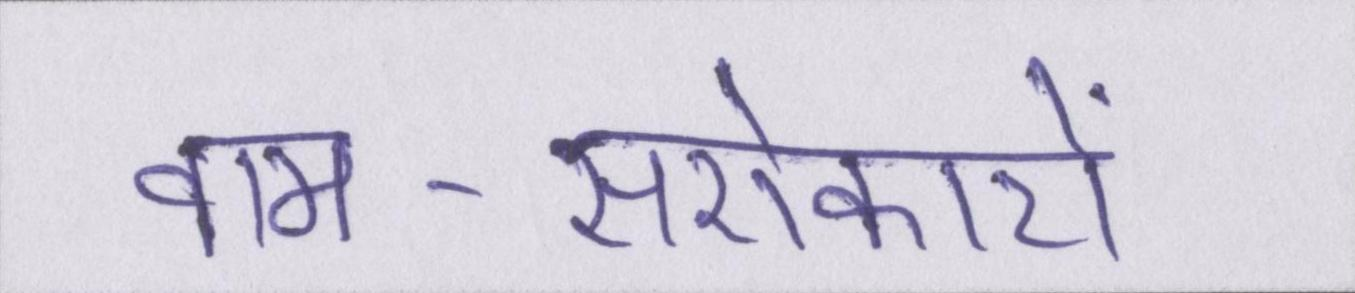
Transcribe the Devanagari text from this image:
वाम-सरोकारों